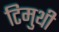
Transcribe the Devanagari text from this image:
टिमुथी